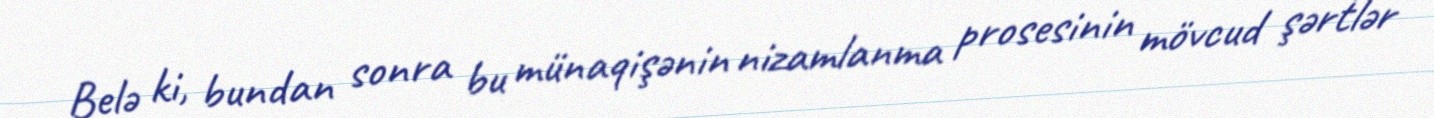
Belə ki, bundan sonra bu münaqişənin nizamlanma prosesinin mövcud şərtlər